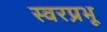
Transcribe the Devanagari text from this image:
स्वरप्रभू